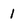
Character: 1